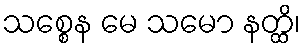
သစ္စေန မေ သမော နတ္ထိ၊